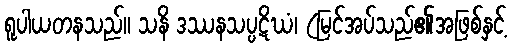
ရူပါယတနသည်။ သနိ ဒဿနသပ္ပဋိဃံ၊ (မြင်အပ်သည်၏အဖြစ်နှင့်